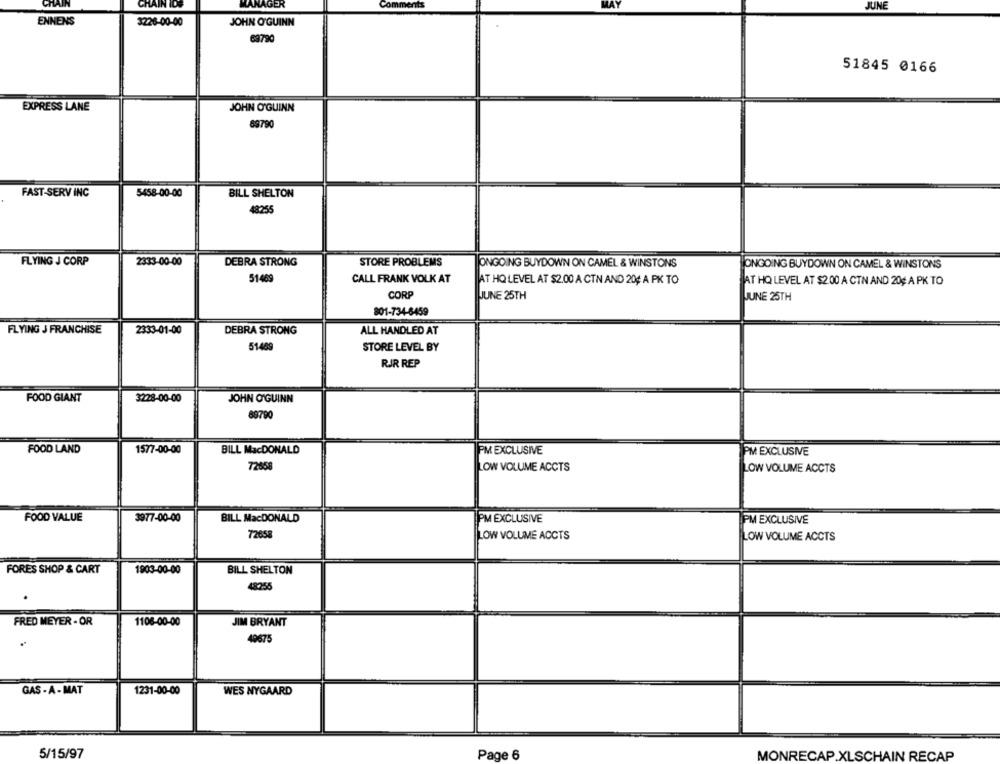
CHAIN
CHAIN IDS
MANAGER
JUNE
ENNENS
3226-00-00
JOHN O'GUINN
69730
51845 0166
EXPRESS LANE
JOHN O'GUINN
89790
FAST-SERV INC
5458-00-00
BILL SHELTON
48255
FLYING J CORP
2333-00-00
DEBRA STRONG
STORE PROBLEMS
ONGOING BUYDOWN ON CAMEL & WINSTONS
ONGOING BUYDOWN ON CAMEL & WINSTONS
5146
CALL FRANK VOLK AT
AT HO LEVEL AT $2.00 A CTN AND 20¢ A PK TO
AT HQ LEVEL AT $2.00 A CTN AND 20¢: A PK TO
CORP
JUNE 25TH
JUNE 25TH
801-734-8459
FLYING J FRANCHISE
2333-01-00
DEBRA STRONG
ALL HANDLED AT
5148
STORE LEVEL BY
RJR REP
FOOD GIANT
3228-00-00
JOHN O'GUINN
89790
FOOD LAND
1577-00-00
BILL MacDONALD
PM EXCLUSIVE
PM EXCLUSIVE
7265
LOW VOLUME ACCTS
LOW VOLUME ACCTS
FOOD VALUE
3977-00-00
BILL MacDONALD
PM EXCLUSIVE
PM EXCLUSIVE
72658
LOW VOLUME ACCTS
LOW VOLUME ACCTS
FORES SHOP & CART
1903-00-00
BILL SHELTON
48.255
FRED MEYER - OR
1106-00-00
JIM BRYANT
49675
GAS - A - MAT
1231-00-00
WES NYGAARD
5/15/97
Page 6
MONRECAP.XLSCHAIN RECAP